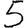
Digit: 5